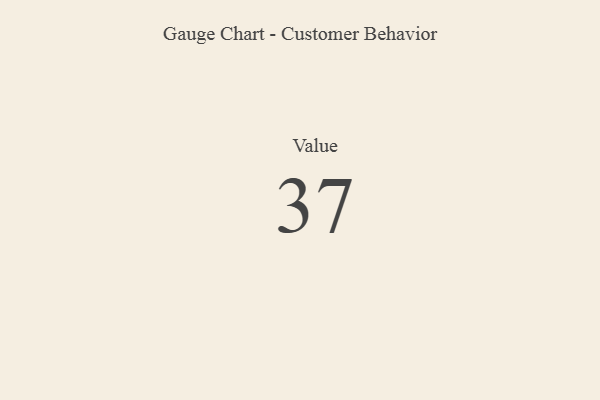
{"axis": {"x": "Metric", "y": "Value"}, "legend": [""], "data": [{"x": "Value", "y": 37, "type": ""}]}